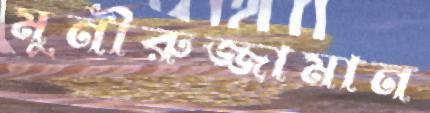
মুনীরুজ্জামান